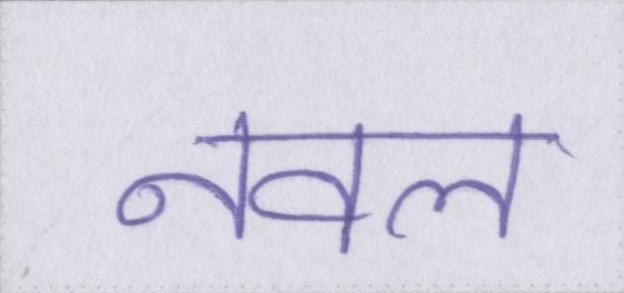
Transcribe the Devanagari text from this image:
नवल